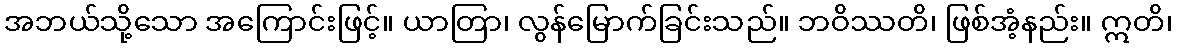
အဘယ်သို့သော အကြောင်းဖြင့်။ ယာတြာ၊ လွန်မြောက်ခြင်းသည်။ ဘဝိဿတိ၊ ဖြစ်အံ့နည်း။ ဣတိ၊